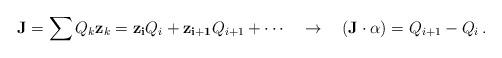
LaTeX: \begin{align*} {\bf J} = \sum Q_k {\bf z}_k = {\bf z_i} Q_i +{\bf z_{i+1}} Q_{i+1} + \cdots \quad \to \quad ({\bf J}\cdot \alpha ) = Q_{i+1} - Q_i \,.\end{align*}